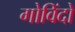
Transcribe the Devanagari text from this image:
गोविंदो